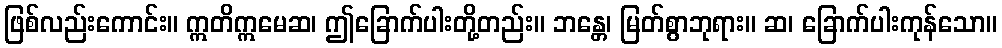
ဖြစ်လည်းကောင်း။ ဣတိဣမေဆ၊ ဤခြောက်ပါးတို့တည်း။ ဘန္တေ၊ မြတ်စွာဘုရား။ ဆ၊ ခြောက်ပါးကုန်သော။